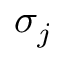
\sigma _ { j }